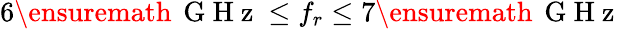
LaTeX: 6{\ensuremath{\, \mathrm{~G~H~z~}}}\le f_{r}\le 7{\ensuremath{\, \mathrm{~G~H~z~}}}